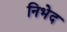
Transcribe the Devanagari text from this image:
निभेद